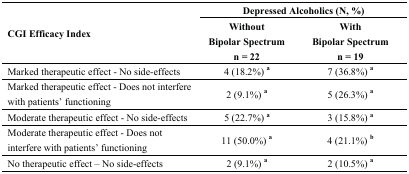
<table><thead><tr><td rowspan="2"><b>CGI Efficacy Index</b></td><td colspan="2"><b>Depressed Alcoholics (N, %)</b></td></tr><tr><td><b>Without Bipolar Spectrumn = 22</b></td><td><b>With Bipolar Spectrumn = 19</b></td></tr></thead><tbody><tr><td>Marked therapeutic effect - No side-effects </td><td>4 (18.2%) <b><sup>a</sup></b></td><td>7 (36.8%) <b><sup>a</sup></b></td></tr><tr><td>Marked therapeutic effect - Does not interfere with patients’ functioning</td><td>2 (9.1%) <b><sup>a</sup></b></td><td>5 (26.3%) <b><sup>a</sup></b></td></tr><tr><td>Moderate therapeutic effect - No side-effects</td><td>5 (22.7%) <b><sup>a</sup></b></td><td>3 (15.8%) <b><sup>a</sup></b></td></tr><tr><td>Moderate therapeutic effect - Does not interfere with patients’ functioning</td><td>11 (50.0%) <b><sup>a</sup></b></td><td>4 (21.1%) <b><sup>b</sup></b></td></tr><tr><td>No therapeutic effect – No side-effects</td><td>2 (9.1%) <b><sup>a</sup></b></td><td>2 (10.5%) <b><sup>a</sup></b></td></tr></tbody></table>